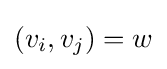
(v_{i},v_{j})=w